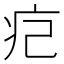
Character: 㽶